Civil Veterinary Department. Madras. Admin. report 1910-25 - 1910-1925
Year: 1910
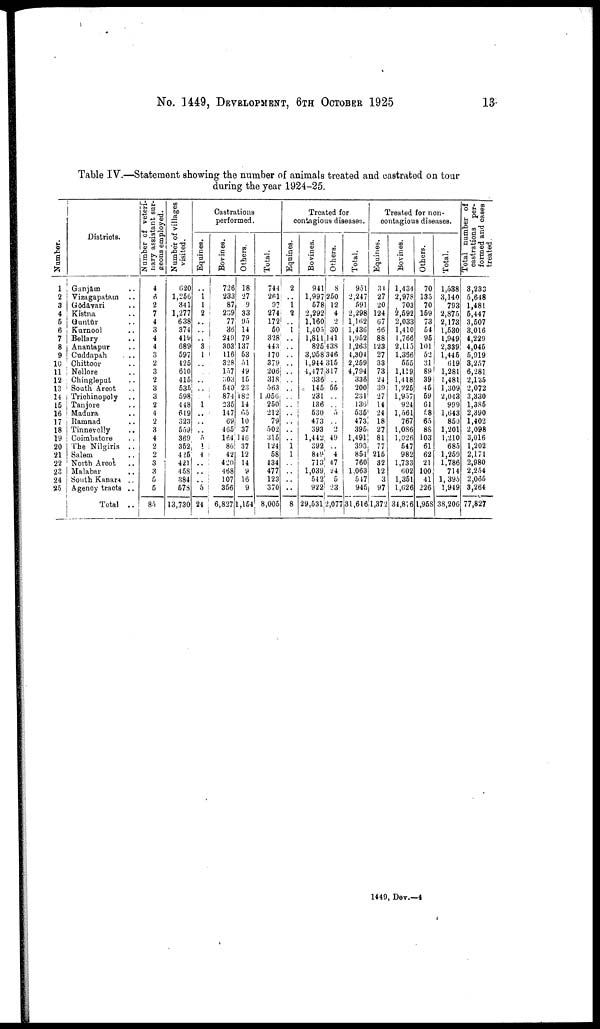
No. 1449, DEVELOPMENT, 6TH OCTOBER 1925
13
Table IV.—Statement showing the number of animals treated and castrated on tour
during the year 1924-25.
Numbe r .
1
2
3
4
5
6
7
8
9
10
11
12
13
14
15
16
17
18
19
20
21
22
23
24
25
Districts.
Ganjam ..
Vizagapatam ..
Godavari ..
Kistna ..
Guntur ..
Kurnool ..
Bellary ..
Anantapur ..
Cuddapah ..
Chittoor ..
Nellore ..
Chingleput ..
South Arcot ..
Trichinopoly ..
Tanjore ..
Madura
Ramnad ..
Tinnevelly ..
Coimbatore ..
The Nilgiris ..
Salem
North Arcot ..
Malabar
South Kanara ..
Agency tracts ..
Total ..
Number of veteri-
nary assistant sur-
geons employed.
4
6
2
7
4
3
4
4
3
2
3
2
3
3
2
4
2
3
4
2
2
3
3
5
5
85
Number of villages
visited.
60
1,266
341
1,277
638
374
41b
689
597
425
610
415
535
598
448
6(9
323
559
369
352
425
420
458
384
578
13,730
Castrations
performed.
Equines.
..
1
1
2
..
..
..
3
1
..
..
..
..
..
1
..
..
..
5
1
4
..
..
..
5
24
Bovines.
726
233
87
239
77
36
249
303
116
328
157
303
540
874
235
147
69
465
164
86
42
420
468
107
356
6,827
Others.
18
27
9
33
95
14
79
137
53
51
49
15
23
182
14
65
10
37
146
37
12
14
9
16
9
1,154
Total.
744
261
97
274
172
50
328
443
170
379
206
318
563
1,056
260
212
79
502
315
124
58
134
477
123
370
8,005
Treated for
contagious diseases.
Eqnines.
2
..
1 2
..
i
..
..
..
..
..
..
..
..
..
..
..
..
..
1
1
..
..
..
..
8
Bovines.
941
1,997
578
2,292
1,160
1,405
1,811
825
3,958
1,944
4,477
336
145
231
136
530
473
393
1,442
392
849
713
1,039
542
922
29,531
Others.
8
250
12
4
2
30
141
438
346
315
317
55
..
.. 5
.. 2
49
..
4
47
24
5
23
2,077
Total.
951
2,247
591
2,298
1,162
1,436
1,952
1,263
4,304
2,259
4,794
336
200
231
136
535
473
395
1,491
393
851
760
1,063
547
945
31,616
Treated for non-
contagious diseases.
Equines.
34
27
20
124
67
56
88
123
27
33
73
24
39
27
14
24
18
27
81
77
215
32
12
3
97
1,372
Bovines.
1,434
2,978
703
2,592
2,033
1,410
1,766
2,115
1,366
555
1,119
1,418
1,225
1,957
924
1,561
767
1,086
1,026
547
982
1,733
602
1,351
1,626
34,816
Others.
70
135
70
159
73
54
95
101
52
31
89
39
46
59
61
58
65
88
103
61
62
21
100
41
226
1,958
Total.
1,538
3,140
793
2,875
2,173
1,530
1,949
2,839
1,445
619
1,281
1,481
1,309
2,043
999
1,643
850
1,201
1,210
685
1,259
1,786
714
1,395
1,949
38,206
Total number of
castrations per-
formed and cases
treated.
3,233
5,648
1,481
5,447
3,507
3,016
4,229
4,045
5,919
3,257
6,281
2,135
2,072
3,330
1,385
2,390
1,402
2,098
3,016
1,202
2,171
2,980
2,254
2,066
3,264
77,827
1449, Dev.—4